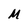
Character: M